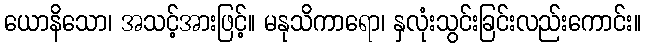
ယောနိသော၊ အသင့်အားဖြင့်။ မနုသိကာရော၊ နှလုံးသွင်းခြင်းလည်းကောင်း။